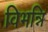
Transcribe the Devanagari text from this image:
विभन्नि